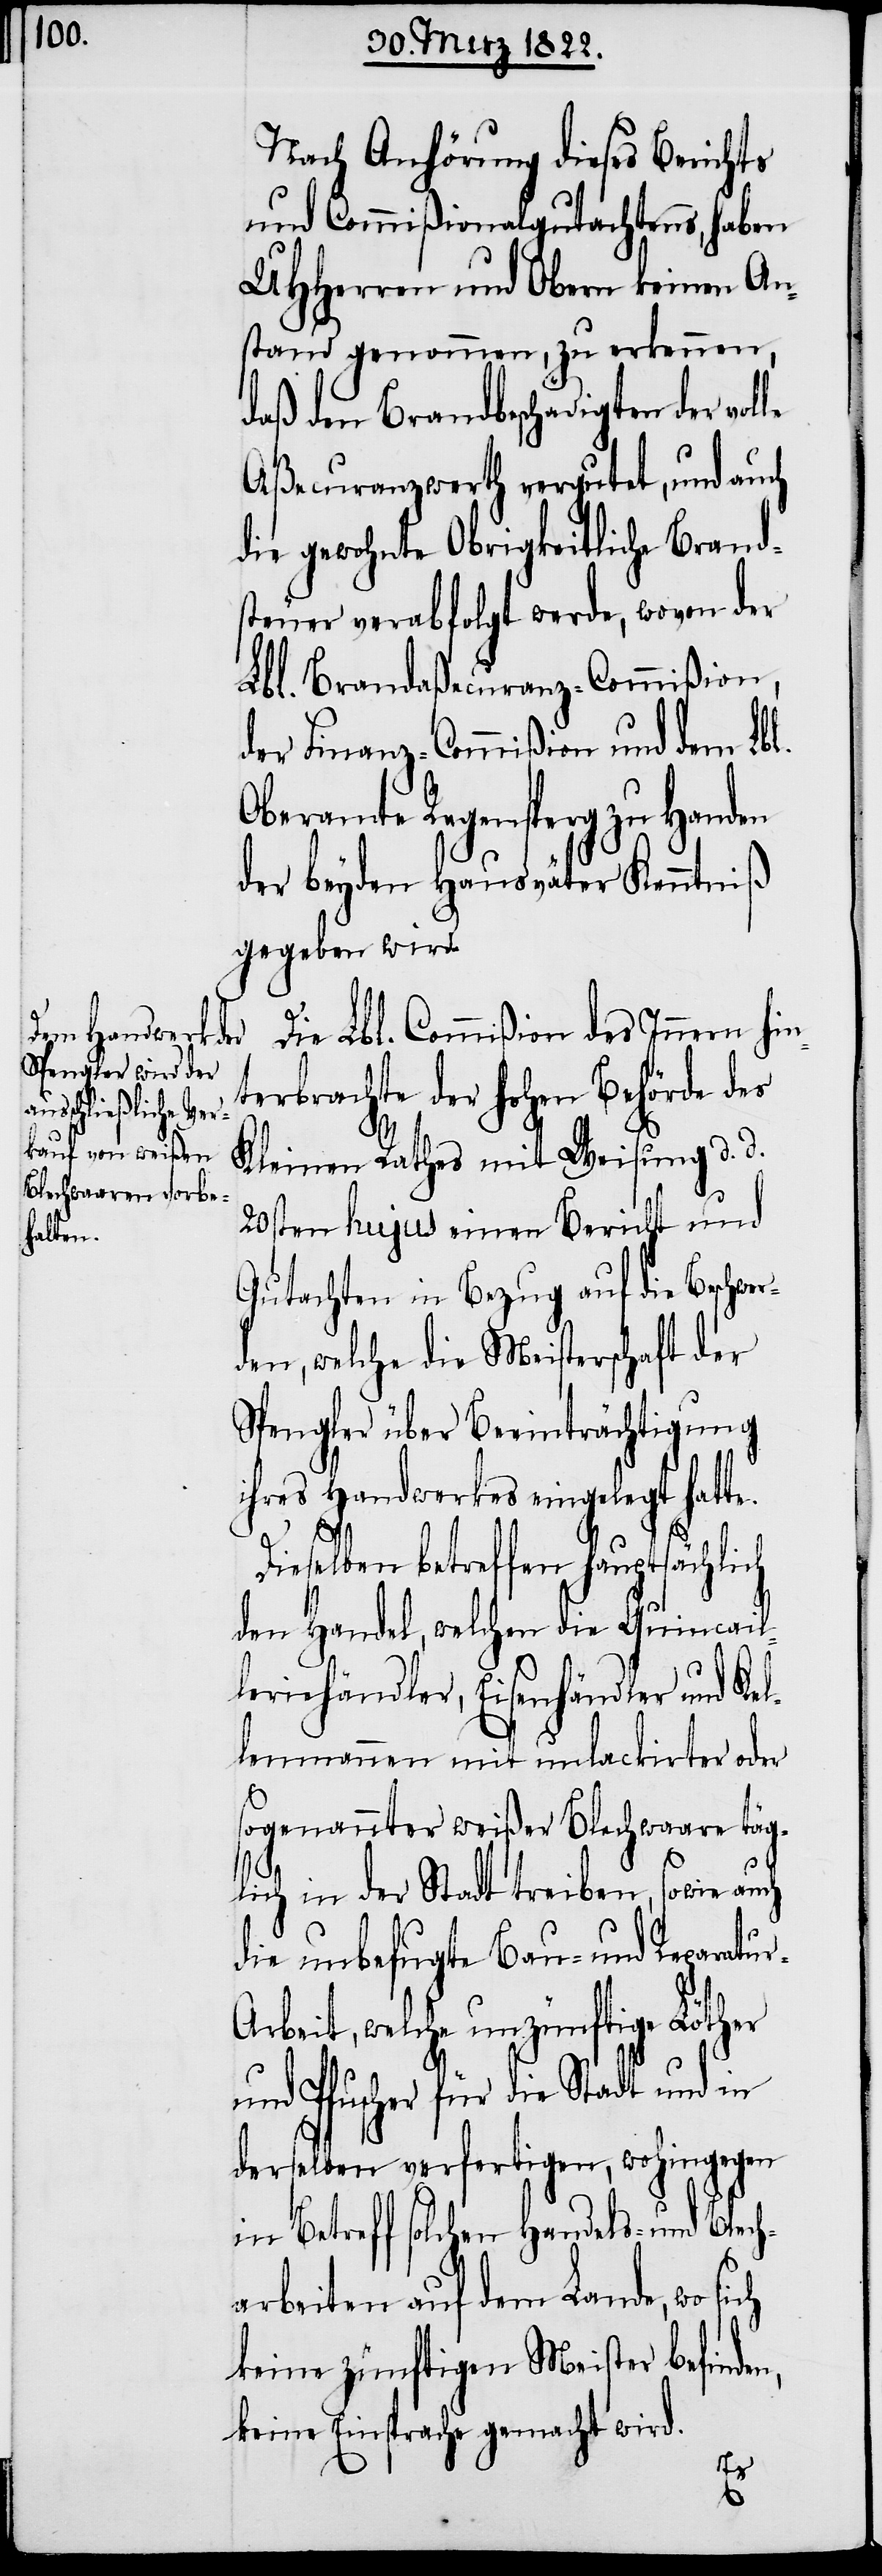
Nach Anhörung dieses Berichts
und Commißionalgutachtens, haben
UHHerren und Obern keinen An¬
stand genommen, zu erkennen,
daß den Brandbeschädigten der vol¬
Aßecuranzwerth vergutet, und auch
die gewohnte Obrigkeitliche Brand¬
steuer verabfolgt werde, wovon der
Lbl. Brandaßecuranz-Commißion,
der Finanz-Commißion und dem Lbl.
Oberamte Regensperg zu Handen
der beyden Hausväter Kenntniß
gegeben wird.
Die Lbl. Commißion des Innern hin¬
terbrachte der hohen Behörde des
Kleinen Rathes mit Weisung d. d.
20sten hujus einen Bericht und
Gutachten in Bezug auf die Beschwer¬
den, welche die Meisterschaft der
Spengler über Beeinträchtigung
ihres Handwerkes eingelegt hatt¬
n,
l¬
Dieselben betreffen hauptsächlich
den Handel, welchen die Quincail¬
leriehändler, Eisenhändler und Ke¬
lenmannen mit unlackirter oder
sogenannter weißer Blechwaare täg¬
lich in der Stadt treiben, sowie auch
die unbefugte Bau- und Reparatu¬
r-Arbeit, welche unzünftige Löther
und Pfuscher für die Stadt und in
derselben verfertigen, wohingegen
in Betreff solchen Handels- und Blech¬
arbeiten auf dem Lande, wo sich
keine zünftigen Meister befinde¬
keine Einsprache gemacht wird.